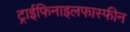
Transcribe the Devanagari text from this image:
ट्राईफिनाइलफास्फीन